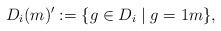
LaTeX: \begin{align*}D_{i}(m)' :=\{g \in D_{i} \mid g =1 m \},\end{align*}